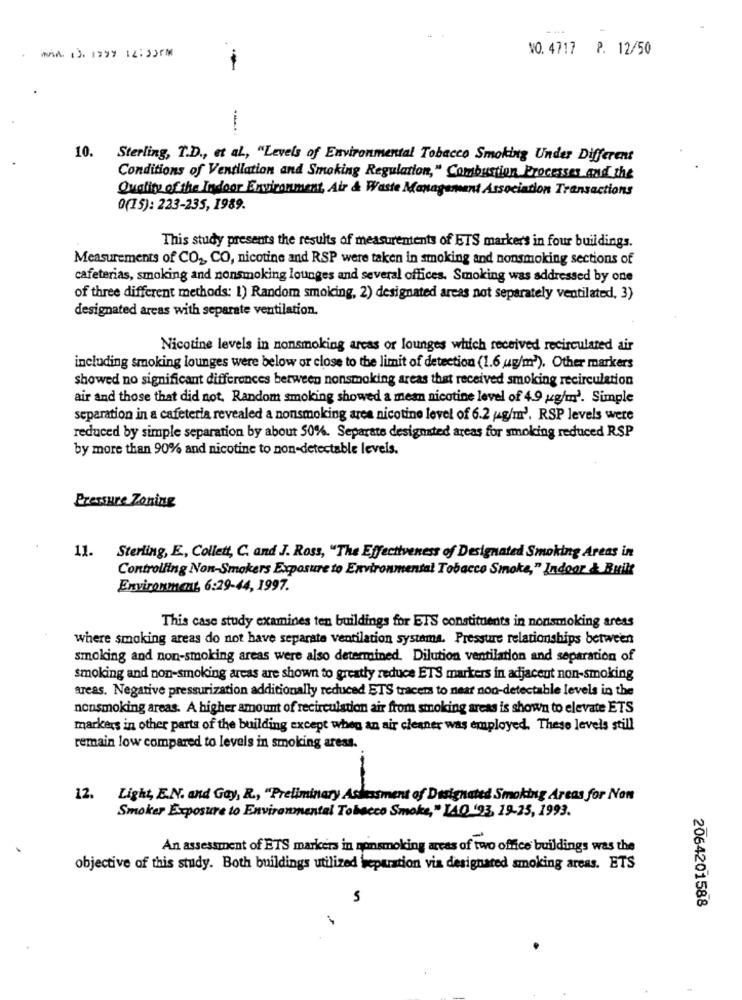
miA 13. 1797 12:32PM
NO.4717 P. 12/50
-
10.
Sterling, T.D ., et al ., "Levels of Environmental Tobacco Smoking Under Different
Conditions of Ventilation and Smoking Regulation," Combustion Processes and the
Quality of the Indoor Environment, Air & Waste Management Association Transactions
0(15): 223-235, 1989.
This study presents the results of measurentents of ETS markers in four buildings.
Measurements of CO2, CO, nicotine and RSP were taken in smoking and nonsmoking sections of
cafeterias, smoking and nonsmoking lounges and several offices. Smoking was addressed by one
of three different methods: 1) Random smoking, 2) designated areas not separately ventilated, 3)
designated areas with separate ventilation.
Nicotine levels in nonsmoking areas or lounges which received recirculated air
including smoking lounges were below or close to the limit of detection (1.6 ug/m3). Other markers
showed no significant differences between nonsmoking areas that received smoking recirculation
air and those that did not, Random smoking showed a mean nicotine level of 4.9 ug/m'. Simple
separation in a cafeteria revealed a nonsmoking area nicotine level of 6.2 g/m'. RSP levels were
reduced by simple separation by about 50%. Separate designated areas for smoking reduced RSP
by more than 90% and nicotine to non-detectable levels.
Pressure Zoning
11. Sterling, E, Collett, C. and J. Ross, "The Effectiveness of Designated Smoking Areas in
Controlling Non-Smokers Exposure to Environmental Tobacco Smoke," Indoor & Built
Environment, 6:29-44, 1997.
This case study examines ten buildings for ETS constituents in nonsmoking areas
where smoking areas do not have separate ventilation systema. Pressure relationships between
smoking and non-smoking areas were also determined. Dilution ventilation and separation of
smoking and non-smoking areas are shown to greatly reduce ETS markers in adjacent non-smoking
areas. Negative pressurization additionally reduced ETS tracers to near non-detectable levels in the
nonsmoking areas. A higher amount of recirculation air from smoking areas is shown to elevate ETS
markers in other parts of the building except when an air cleaner was employed. These levels still
remain low compared to levels in smoking aress.
12. Light, E.N. and Gay, R ., "Preliminary Assessment of Designated Smoking Areas for Non
Smoker Exposure to Environmental Tobacco Smoke," LAQ '93, 19-25, 1993.
An assessment of ETS markers in nonsmoking areas of two office buildings was the
objective of this study. Both buildings utilized weparation via designated smoking areas. ETS
2064201588